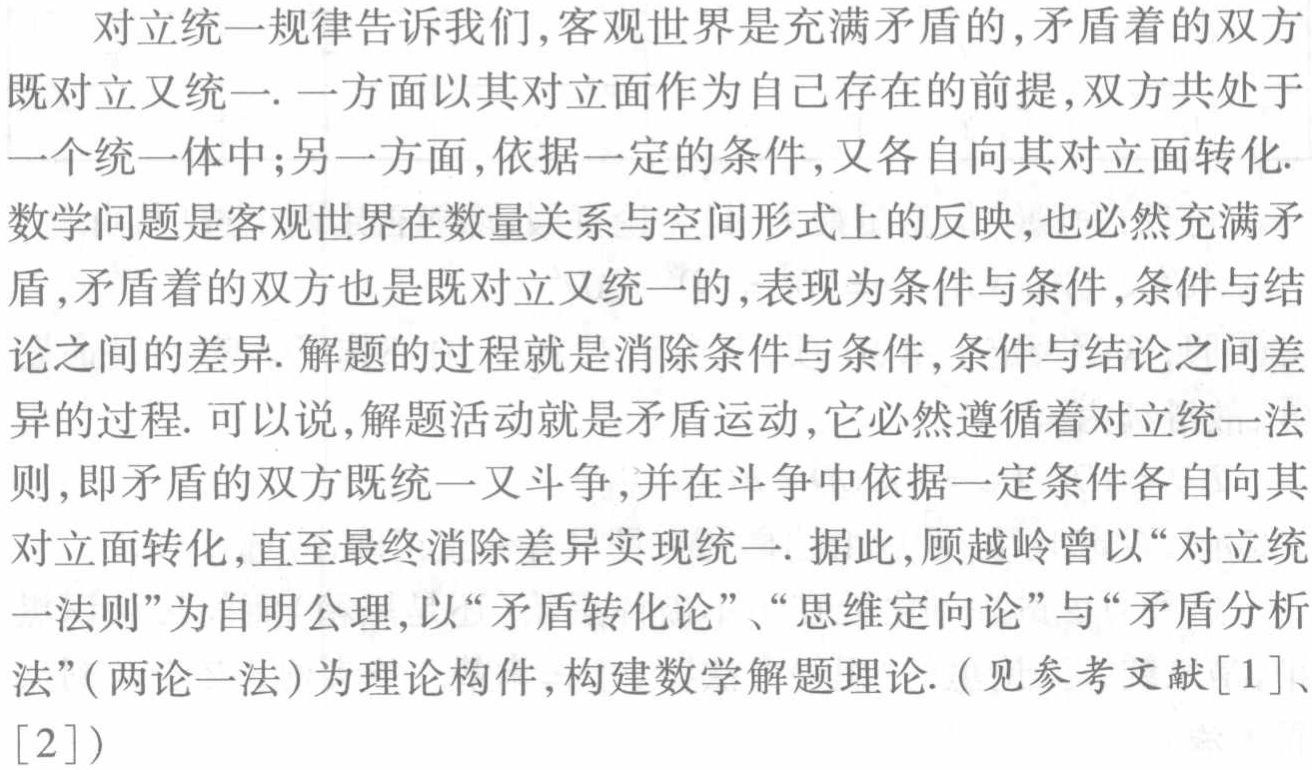
对立统一规律告诉我们,客观世界是充满矛盾的,矛盾着的双方
既对立又统一. 一方面以其对立面作为自己存在的前提,双方共处于
一个统一体中;另一方面,依据一定的条件,又各自向其对立面转化.
数学问题是客观世界在数量关系与空间形式上的反映,也必然充满矛
盾,矛盾着的双方也是既对立又统一的,表现为条件与条件,条件与结
论之间的差异. 解题的过程就是消除条件与条件,条件与结论之间差
异的过程. 可以说,解题活动就是矛盾运动,它必然遵循着对立统一法
则,即矛盾的双方既统一又斗争,并在斗争中依据一定条件各自向其
对立面转化,直至最终消除差异实现统一. 据此,顾越岭曾以“对立统
一法则”为自明公理,以“矛盾转化论”、“思维定向论”与“矛盾分析
法”(两论一法)为理论构件,构建数学解题理论. (见参考文献[1]、
[2])